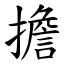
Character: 擔